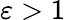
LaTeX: \varepsilon>1